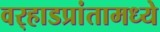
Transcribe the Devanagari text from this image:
वर्‍हाडप्रांतामध्ये